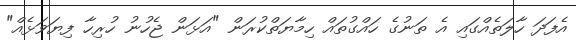
އެފަދަ ހާލަތެއްގައި އެ ތަނުގެ ހައްގުތައް ހިމާޔަތްކުރަން "އަޅަން ޖެހުނު ހުރިހާ ފިޔަވަޅެއް"